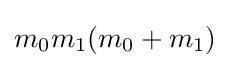
m_{0}m_{1}(m_{0}+m_{1})